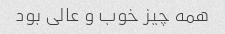
همه چیز خوب و عالی بود